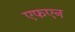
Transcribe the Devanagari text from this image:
एफएन